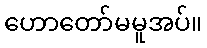
ဟောတော်မမူအပ်။